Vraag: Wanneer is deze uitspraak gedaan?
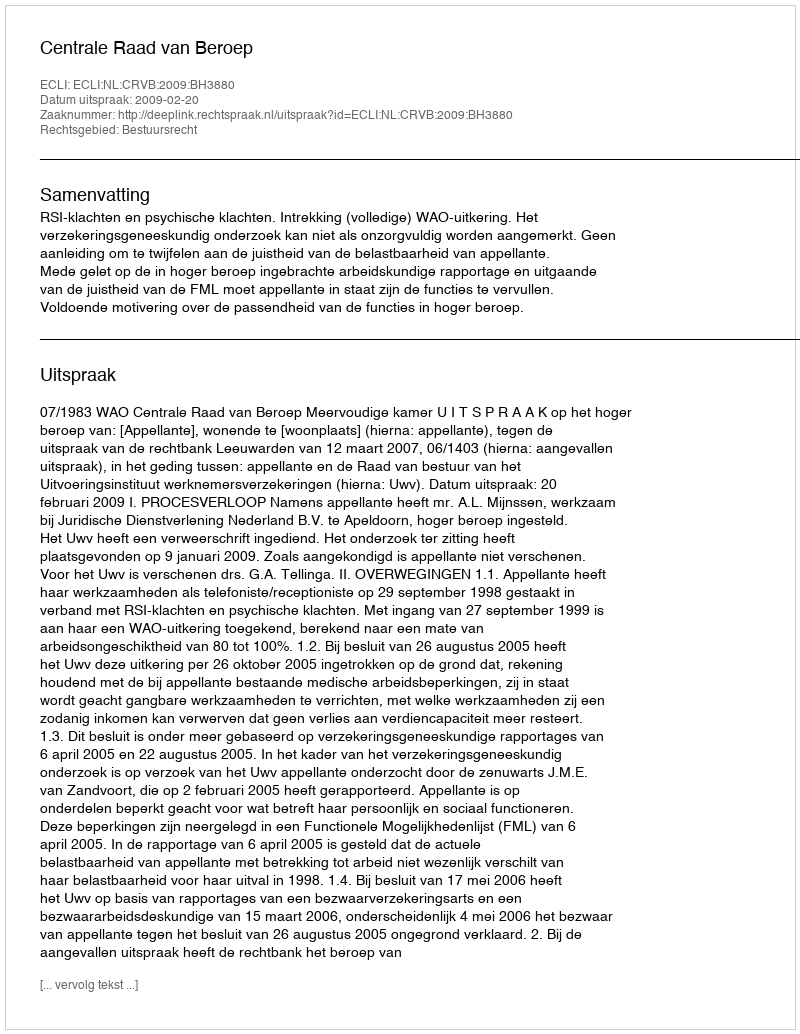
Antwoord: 2009-02-20